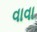
વાવા